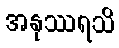
အနုဿရသိ